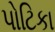
પોટિકા